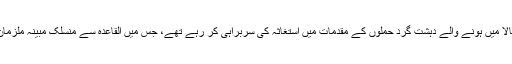
وہ سنہ 2010ء میں کمپالا میں ہونے والے دہشت گرد حملوں کے مقدمات میں استغاثہ کی سربراہی کر رہے تھے، جس میں القاعدہ سے منسلک مبینہ ملزمان پیشی بھگت رہے تھے۔